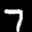
Label: 7